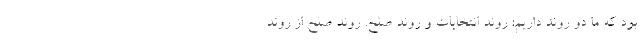
بود كه ما دو روند داريم: روند انتخابات و روند صلح. روند صلح از روند